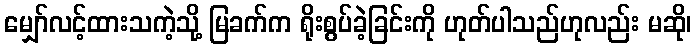
မျှော်လင့်ထားသကဲ့သို့ မြခက်က ရိုးစွပ်ခဲ့ခြင်းကို ဟုတ်ပါသည်ဟုလည်း မဆို၊